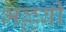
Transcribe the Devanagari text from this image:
भल्लवी